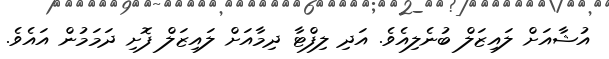
އުޝާއަށް ލައިޒަލް ބުނެލިއެވެ. އަދި ލިފްޓާ ދިމާއަށް ލައިޒަލް ފޮށި ދަމަމުން އައެވެ.